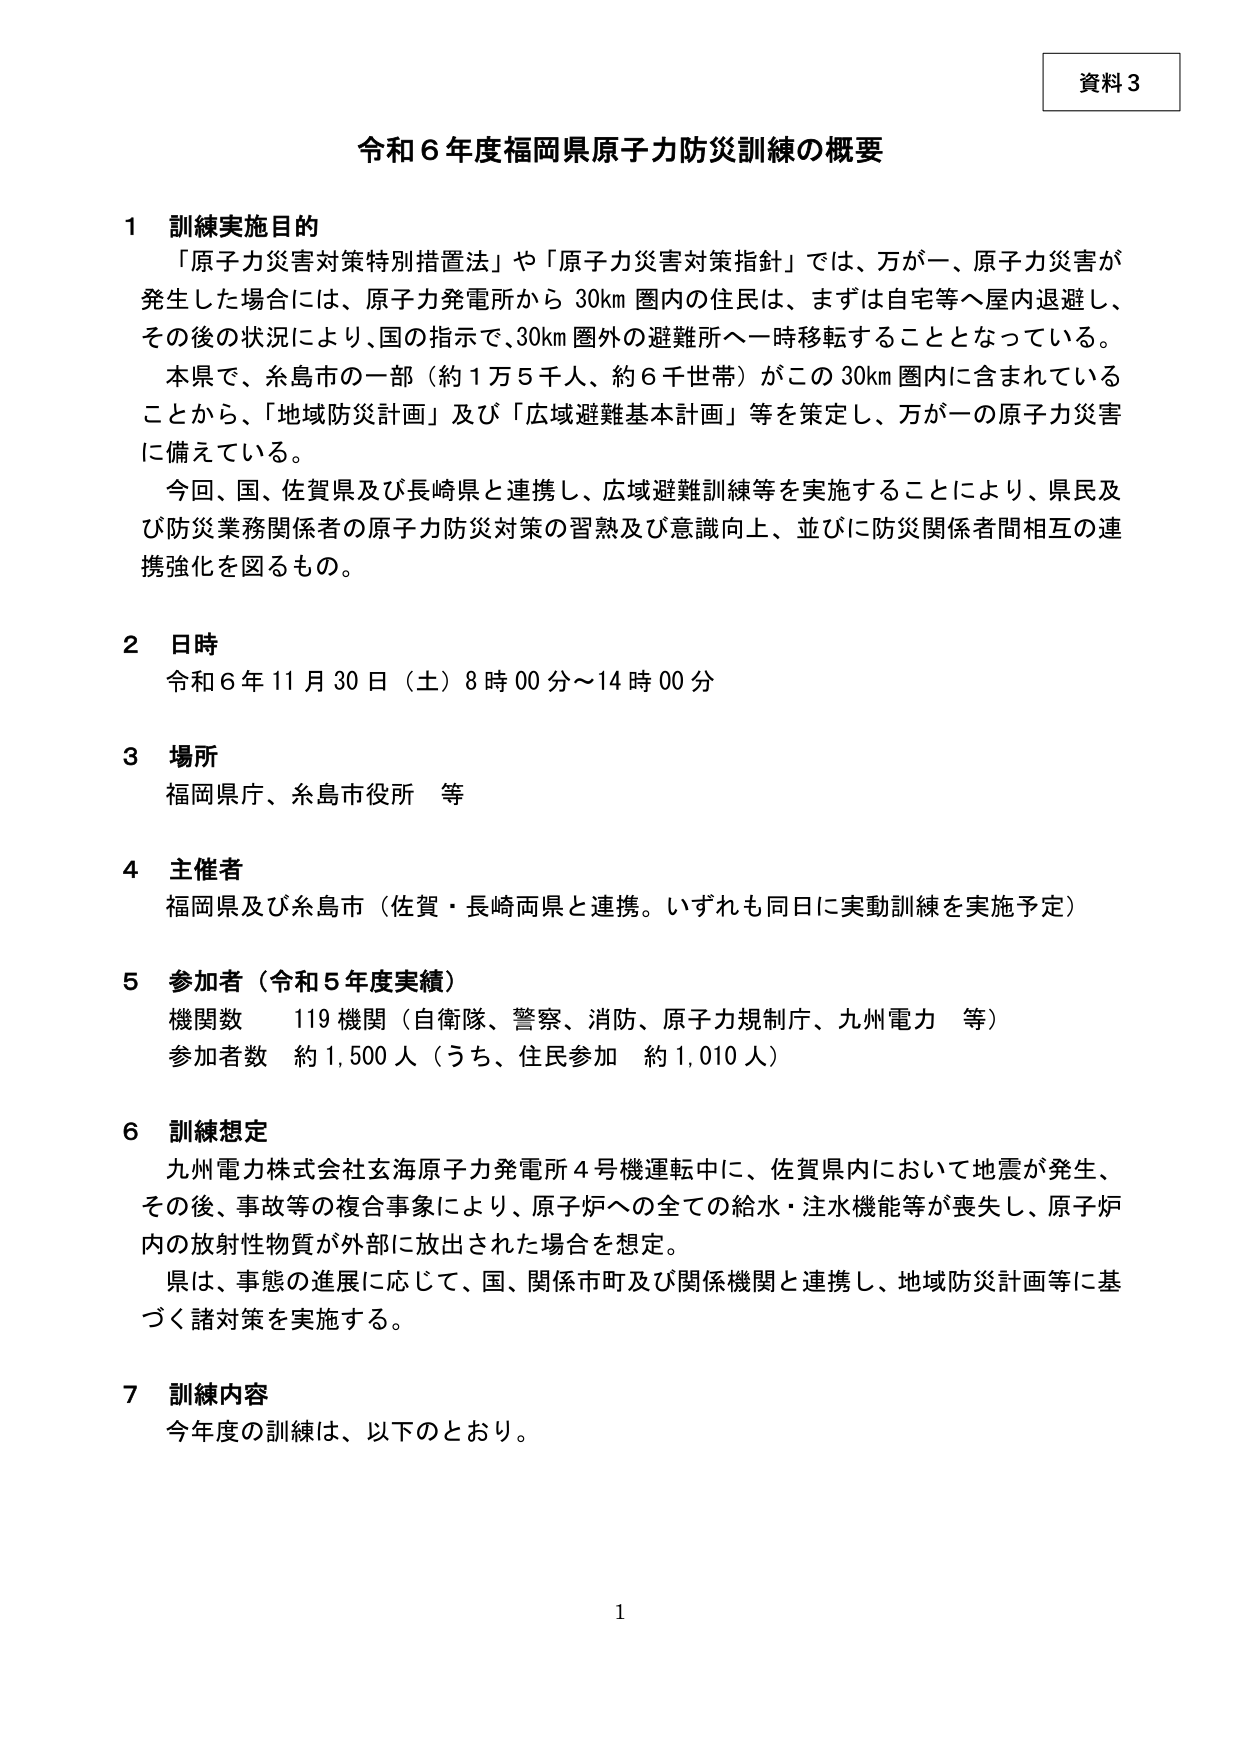
資料３

令和６年度福岡県原子力防災訓練の概要

１ 訓練実施目的
「原子力災害対策特別措置法」や「原子力災害対策指針」では、万が一、原子力災害が
発生した場合には、原子力発電所から 30km 圏内の住民は、まずは自宅等へ屋内退避し、
その後の状況により、国の指示で、30km 圏外の避難所へ一時移転することとなっている。
本県で、糸島市の一部（約１万５千人、約６千世帯）がこの 30km 圏内に含まれている
ことから、「地域防災計画」及び「広域避難基本計画」等を策定し、万が一の原子力災害
に備えている。
今回、国、佐賀県及び長崎県と連携し、広域避難訓練等を実施することにより、県民及
び防災業務関係者の原子力防災対策の習熟及び意識向上、並びに防災関係者間相互の連
携強化を図るもの。

２ 日時
令和６年１１月３０日（土）８時００分～１４時００分

３ 場所
福岡県庁、糸島市役所 等

４ 主催者
福岡県及び糸島市（佐賀・長崎両県と連携。いずれも同日に実動訓練を実施予定）

５ 参加者（令和５年度実績）
機関数 １１９機関（自衛隊、警察、消防、原子力規制庁、九州電力 等）
参加者数 約１,５００人（うち、住民参加 約１,０１０人）

６ 訓練想定
九州電力株式会社玄海原子力発電所４号機運転中に、佐賀県内において地震が発生、
その後、事故等の複合事象により、原子炉への全ての給水・注水機能等が喪失し、原子炉
内の放射性物質が外部に放出された場合を想定。
県は、事態の進展に応じて、国、関係市町及び関係機関と連携し、地域防災計画等に基
づく諸対策を実施する。

７ 訓練内容
今年度の訓練は、以下のとおり。

１